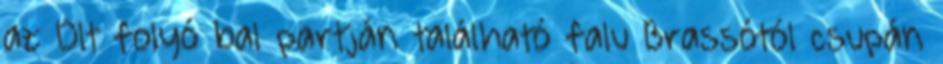
az Olt folyó bal partján található falu Brassótól csupán